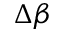
\Delta \beta